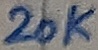
Text: 20K